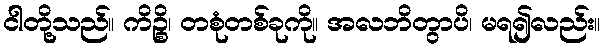
ငါတို့သည်။ ကိဉ္စိ၊ တစုံတစ်ခုကို။ အလဘိတွာပိ၊ မရ၍လည်း။